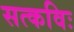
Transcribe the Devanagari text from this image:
सत्कविः